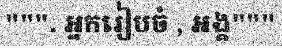
""". អ្នករៀបចំ , អង្គ"""